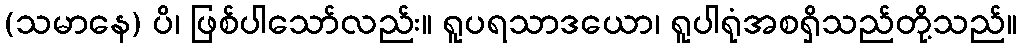
(သမာနေ) ပိ၊ ဖြစ်ပါသော်လည်း။ ရူပရသာဒယော၊ ရူပါရုံအစရှိသည်တို့သည်။